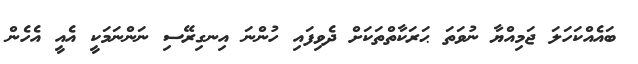
ބައެއްކަހަލަ ޖަމިއްޔާ ނުވަތަ ޙަރަކާތްތަކަށް ދެވިފައި ހުންނަ އިނގިރޭސި ނަންނަމަކީ އެއީ އެހެން